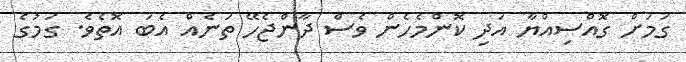
ގަމަށް ގޮއްސިއްޔާ އަދި ކޮންމެހެން ވެސް ދާންޖެހޭ ތަނެއް އެބަ އޮތެވެ. ގަމުގެ